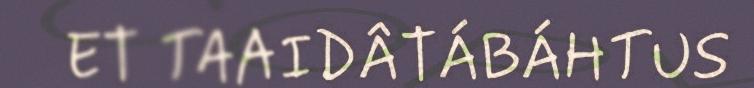
ET TAAIDÂTÁBÁHTUS